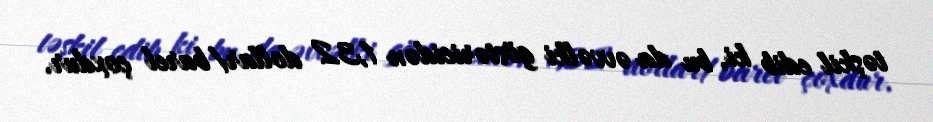
təşkil edib ki, bu da əvvəlki göstəricidən 1,32 dollar/barel çoxdur.